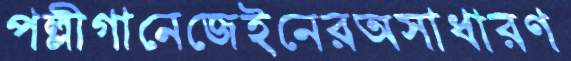
পল্লীগানেজেইনেরঅসাধারণ